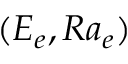
( E _ { e } , R a _ { e } )